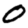
Digit: 0